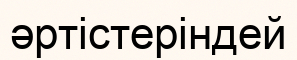
әртістеріндей